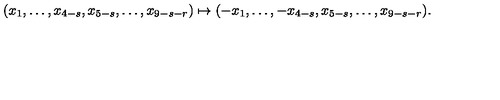
( x _ { 1 } , \dots , x _ { 4 - s } , x _ { 5 - s } , \dots , x _ { 9 - s - r } ) \mapsto ( - x _ { 1 } , \dots , - x _ { 4 - s } , x _ { 5 - s } , \dots , x _ { 9 - s - r } ) .